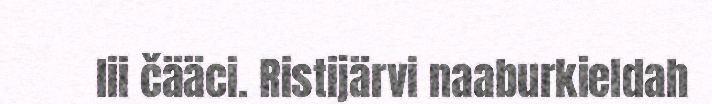
lii čääci. Ristijärvi naaburkieldah